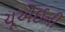
યૂએઈની